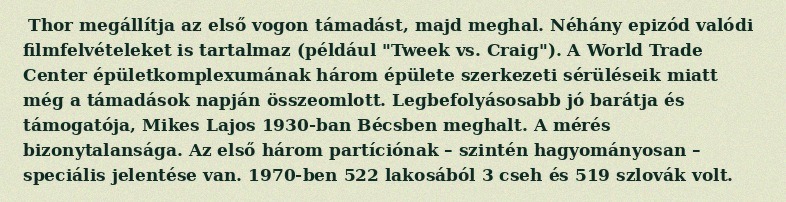
Thor megállítja az első vogon támadást, majd meghal. Néhány epizód valódi filmfelvételeket is tartalmaz (például "Tweek vs. Craig"). A World Trade Center épületkomplexumának három épülete szerkezeti sérüléseik miatt még a támadások napján összeomlott. Legbefolyásosabb jó barátja és támogatója, Mikes Lajos 1930-ban Bécsben meghalt. A mérés bizonytalansága. Az első három partíciónak – szintén hagyományosan – speciális jelentése van. 1970-ben 522 lakosából 3 cseh és 519 szlovák volt.